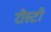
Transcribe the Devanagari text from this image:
रोस्टो